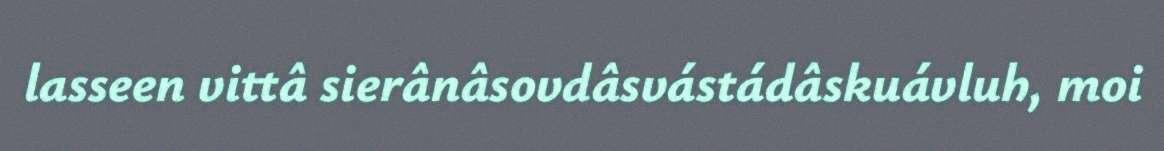
lasseen vittâ sierânâsovdâsvástádâskuávluh, moi